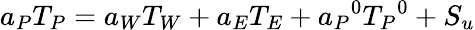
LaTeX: a_{P}T_{P}=a_{W}T_{W}+a_{E}T_{E}+{a_{P}}^{0}{T_{P}}^{0}+S_{u}